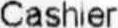
CASHIER